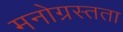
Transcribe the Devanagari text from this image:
मनोग्रस्तता